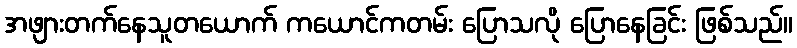
အဖျားတက်နေသူတယောက် ကယောင်ကတမ်း ပြောသလို ပြောနေခြင်း ဖြစ်သည်။